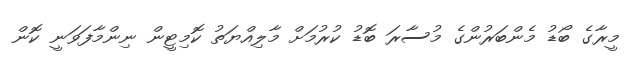
މީރާގެ ބޯޑު މެންބަރުންގެ މުސާރަ ބޮޑު ކުރުމަށް މާލިއްޔަތު ކޮމިޓީން ނިންމާފަވަނީ ކޮން